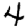
Digit: 4